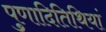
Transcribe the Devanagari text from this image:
पुणादितिथियां